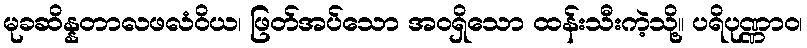
မုခဆိန္နတာလဖလံဝိယ၊ ဖြတ်အပ်သော အဝရှိသော ထန်းသီးကဲ့သို့။ ပရိပုဏ္ဏာဝ၊